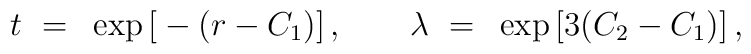
t ~=~ \exp\big[ -\big(r - C_1\big) \big] \,, \qquad \lambda ~=~ \exp \big[3\big(C_2 -C_1\big)\big]  \,,